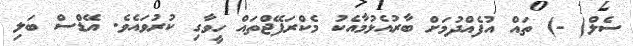
ސެލް( -) ތައް އުފެއްދުމަށް ބާރުއެޅުމާއެކު މެކްރަފޭޖްތައް ހީވާގި ކުރުވައެވެ. އޭޑްސް ބަލި